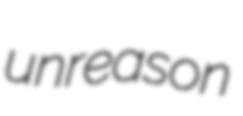
unreason